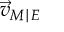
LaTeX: { \vec { v } } _ { M \mid E }